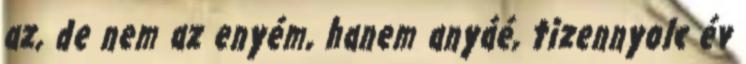
az, de nem az enyém, hanem anyáé, tizennyolc év